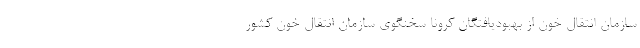
سازمان انتقال خون از بهبودیافتگان کرونا سخنگوی سازمان انتقال خون کشور